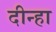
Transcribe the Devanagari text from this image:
दीन्हा